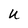
Character: U